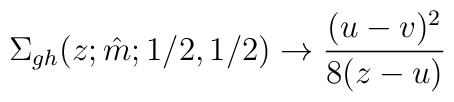
\Sigma_{gh}(z;\hat m;1/2,1/2)\to\frac{(u-v)^2}{8(z-u)}